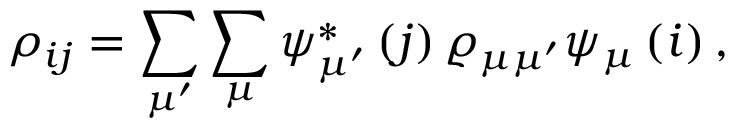
\rho _ { i j } = \sum _ { \mu ^ { \prime } } \sum _ { \mu } \psi _ { \mu ^ { \prime } } ^ { \ast } \left( j \right) \varrho _ { \mu \mu ^ { \prime } } \psi _ { \mu } \left( i \right) ,